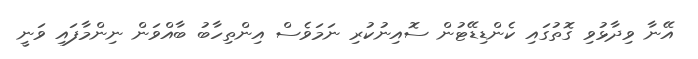
އޭނާ ވިދާޅުވި ގޮތުގައި ކެންޑިޑޭޓުން ސޮއިނުކުރި ނަމަވެސް އިންތިހާބު ބާއްވަން ނިންމާފައި ވަނީ